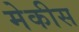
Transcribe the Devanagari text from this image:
मेकीस